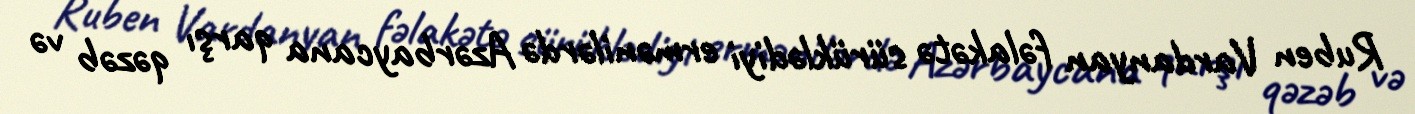
Ruben Vardanyan fəlakətə sürüklədiyi ermənilərdə Azərbaycana qarşı qəzəb və